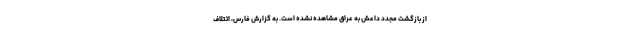
از بازگشت مجدد داعش به عراق مشاهده نشده است. به گزارش فارس، ائتلاف